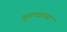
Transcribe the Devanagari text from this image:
बुगण्यांच्या